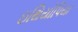
ઇથિયોપિયા